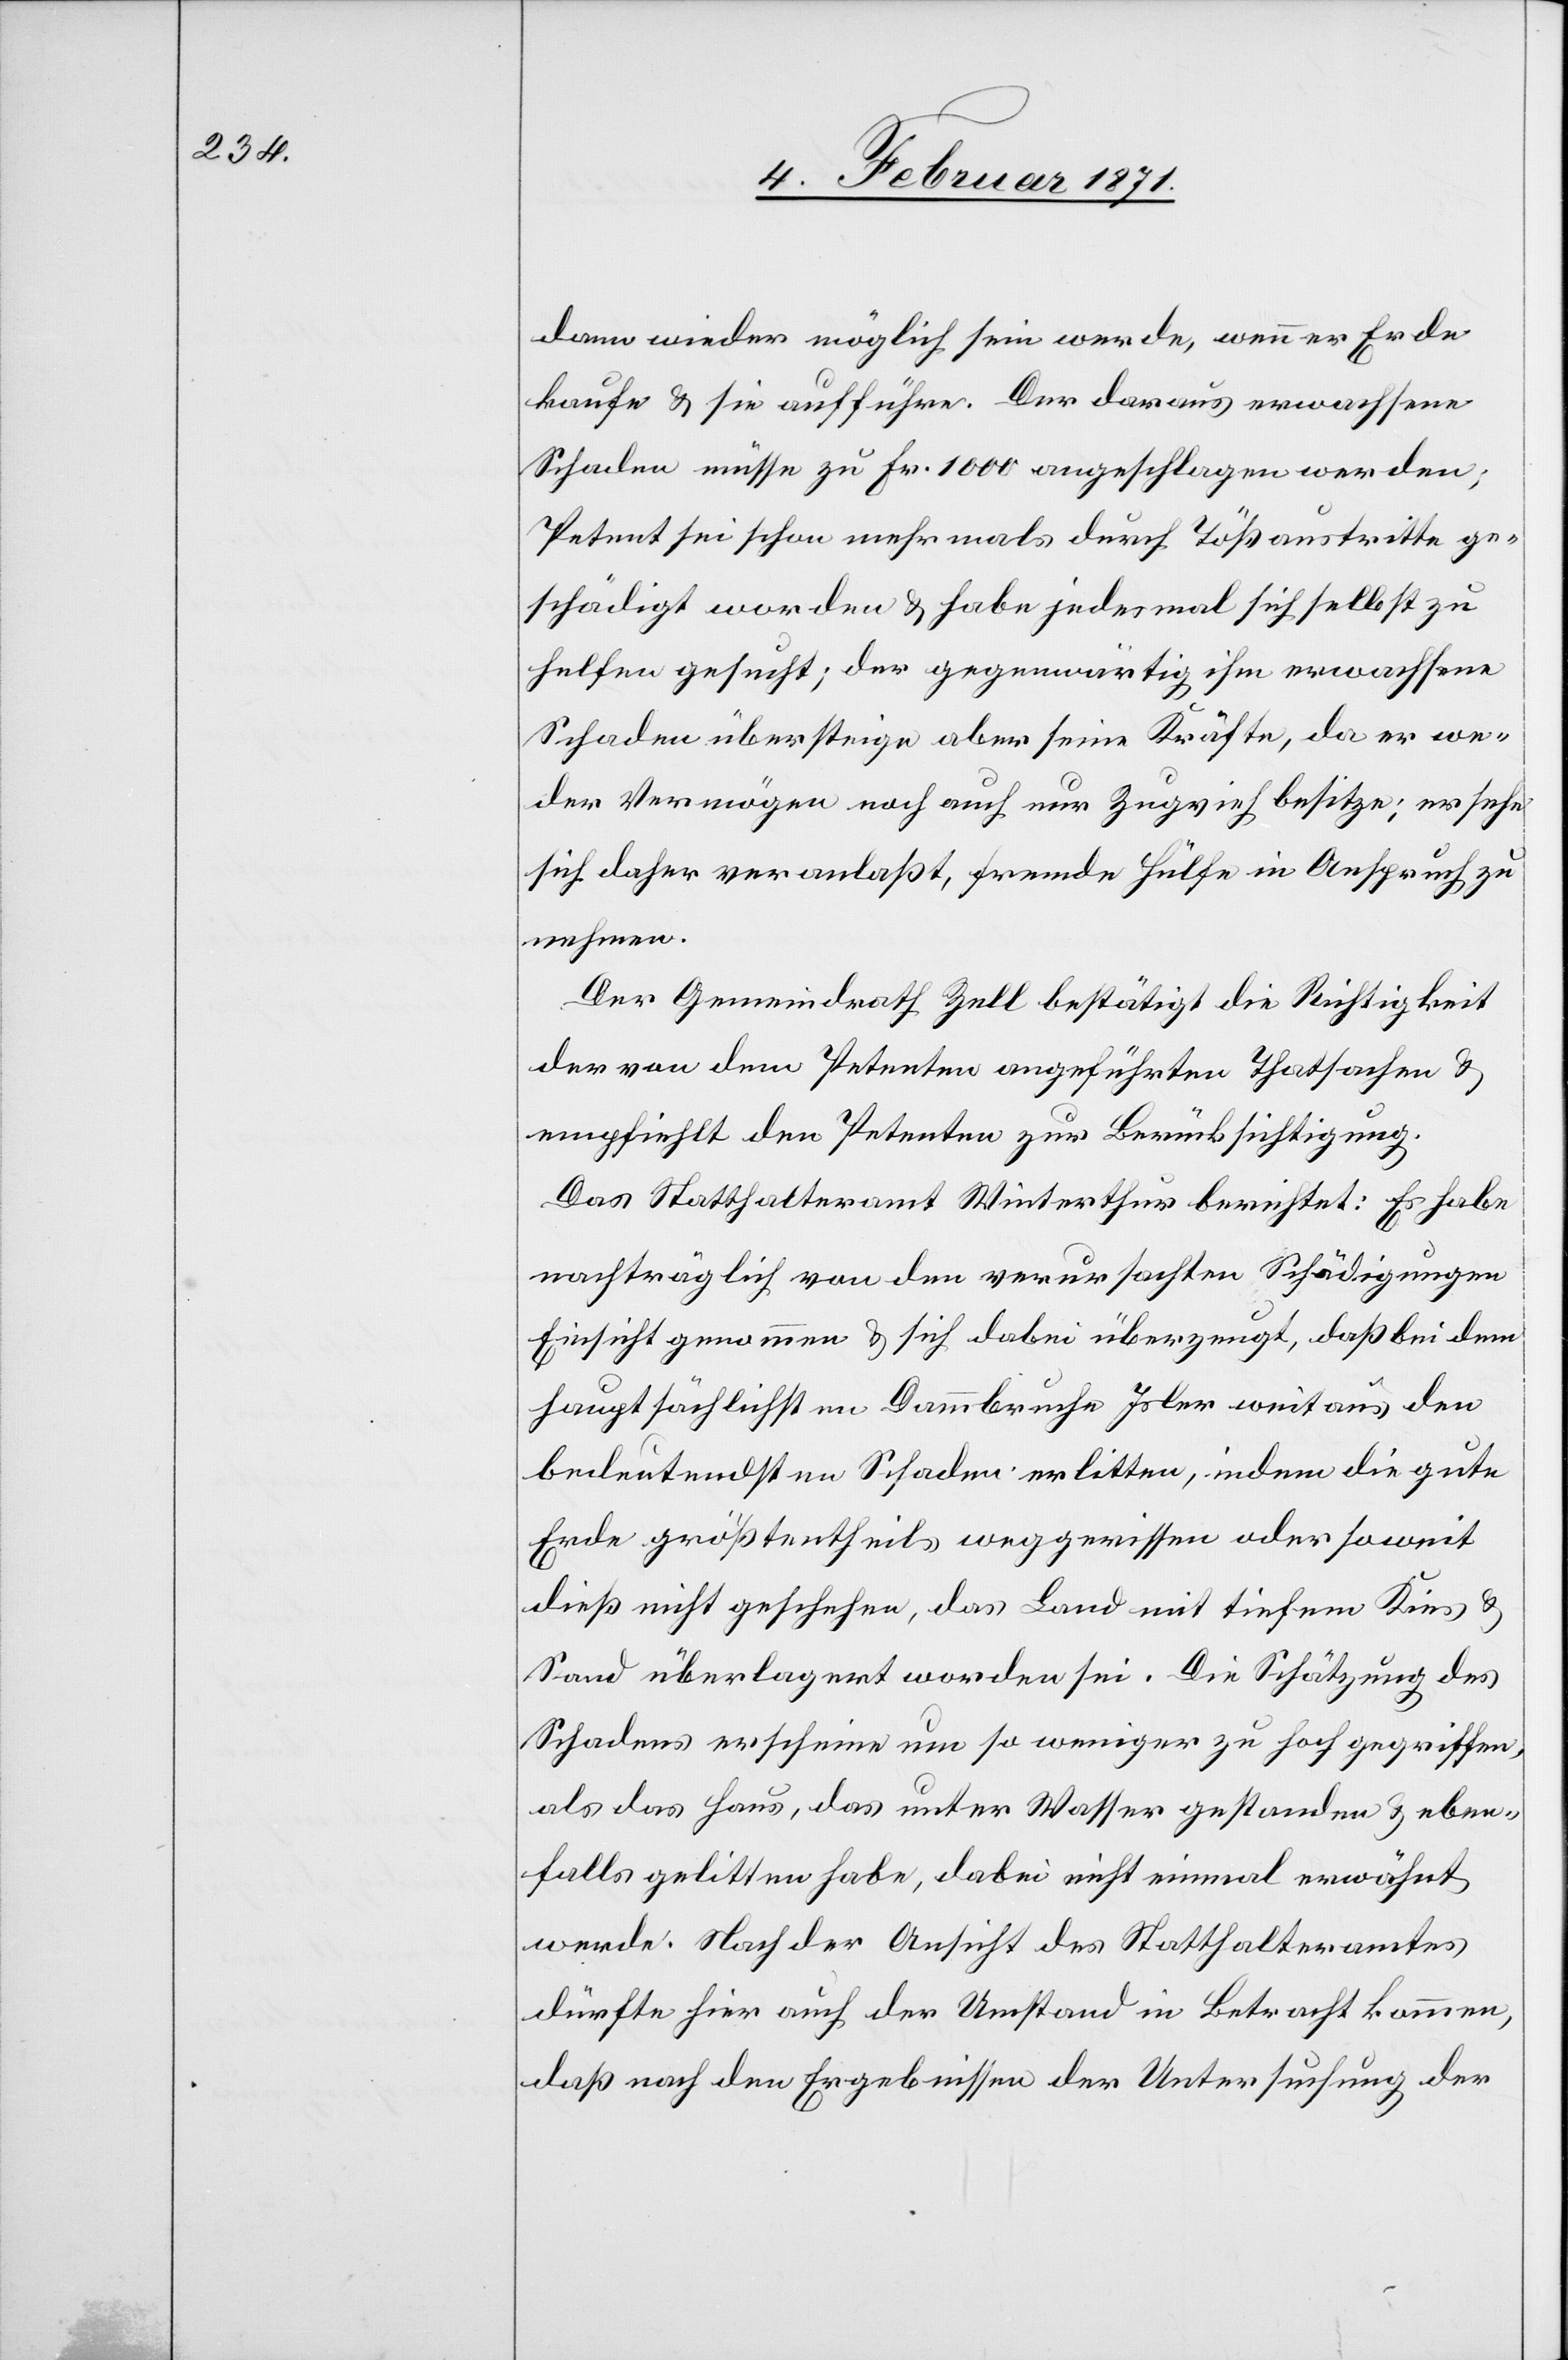
dann wieder möglich sein werde, wenn er Erde
kaufe u. sie aufführe. Der daraus erwachsene
Schaden müsse zu Fr. 1000 angeschlagen werden;
Petent sei schon mehr mals durch Tößaustritte ge¬
schädigt worden u. habe jedesmal sich selbst zu
helfen gesucht; der gegenwärtig ihm erwachsene
Schaden übersteige aber seine Kräfte, da er we¬
der Vermögen noch auch nur Zugvieh besitze; er sehe
sich daher veranlaßt, fremde Hülfe in Anspruch zu
nehmen.
Der Gemeindrath Zell bestätigt die Richtigkeit
der von dem Petenten angeführten Thatsachen u.
empfiehlt den Petenten zur Berücksichtigung.
Das Statthalteramt Winterthur berichtet: Es habe
nachträglich von den verursachten Schädigungen
Einsicht genommen u. sich dabei überzeugt, daß bei dem
hauptsächlichsten Dammbruche Isler weit aus den
bedeutendsten Schaden erlitten, indem die gute
Erde größtentheils weggerissen oder somit
dieß nicht geschehen, das Land mit tiefem Kies u.
Sand überlagert worden sei. Die Schätzung des
Schadens erscheine um so weniger zu hoch gegriffen,
als das Haus, das unter Wasser gestanden u. eben¬
falls gelitten habe, dabei nicht einmal erwähnt
werde. Nach der Ansicht des Statthalteramtes
dürfte hier auch der Umstand in Betracht kommen,
daß nach den Ergebnissen der Untersuchung der